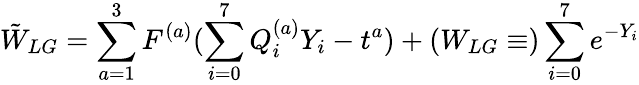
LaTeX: \tilde{W}_{LG}=\sum_{a=1}^{3}F^{(a)}(\sum_{i=0}^{7}Q_{i}^{(a)}Y_{i}-t^{a})+(W_{LG}\equiv)\sum_{i=0}^{7}e^{-Y_{i}}